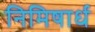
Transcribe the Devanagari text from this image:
निमिषार्ध